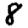
Digit: 8